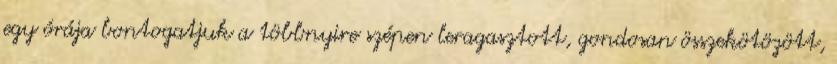
egy órája bontogatjuk a többnyire szépen leragasztott, gondosan összekötözött,